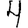
Digit: 4